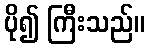
ပို၍ ကြီးသည်။